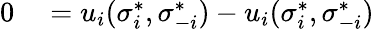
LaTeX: \begin{array}{rlrl}{0}&{{}=u_{i}(\sigma_{i}^{*},\sigma_{-i}^{*})-u_{i}(\sigma_{i}^{*},\sigma_{-i}^{*})}\end{array}